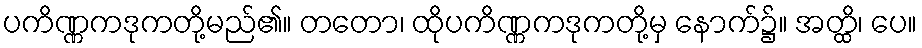
ပကိဏ္ဏကဒုကတို့မည်၏။ တတော၊ ထိုပကိဏ္ဏကဒုကတို့မှ နောက်၌။ အတ္ထိ၊ ပေ။